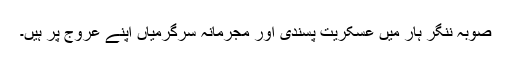
صوبہ ننگر ہار میں عسکریت پسندی اور مجرمانہ سرگرمیاں اپنے عروج پر ہیں۔